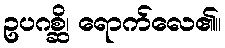
ဥပဂစ္ဆိ၊ ရောက်လေ၏။